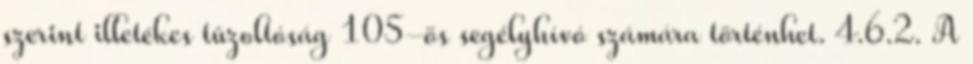
szerint illetékes tûzoltóság 105-ös segélyhívó számára történhet. 4.6.2. A